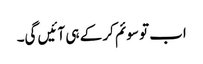
اب تو سوئم کر کے ہی آئیں گی۔